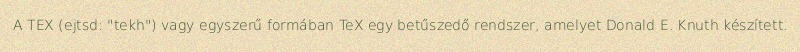
A TEX (ejtsd: "tekh") vagy egyszerű formában TeX egy betűszedő rendszer, amelyet Donald E. Knuth készített.